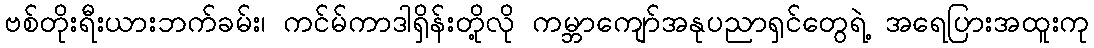
ဗစ်တိုးရီးယားဘက်ခမ်း၊ ကင်မ်ကာဒါရှိန်းတို့လို ကမ္ဘာကျော်အနုပညာရှင်တွေရဲ့ အရေပြားအထူးကု